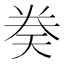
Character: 𫝤